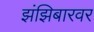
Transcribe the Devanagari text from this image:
झंझिबारवर